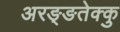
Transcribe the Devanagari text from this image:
अरङ्ङतेक्कु